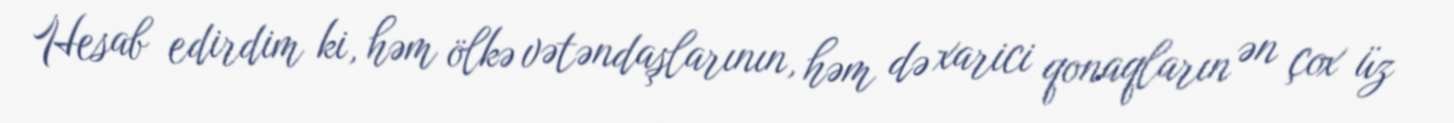
Hesab edirdim ki, həm ölkə vətəndaşlarının, həm də xarici qonaqların ən çox üz